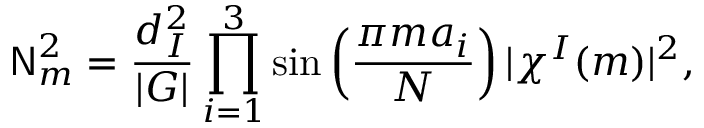
{ \sf N } _ { m } ^ { 2 } = \frac { d _ { I } ^ { 2 } } { | G | } \prod _ { i = 1 } ^ { 3 } \sin \left( \frac { \pi m a _ { i } } { N } \right) | \chi ^ { I } ( m ) | ^ { 2 } ,